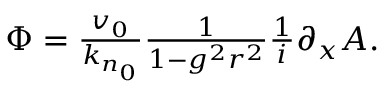
\begin{array} { r } { \Phi = \frac { v _ { 0 } } { k _ { n _ { 0 } } } \frac { 1 } { 1 - g ^ { 2 } r ^ { 2 } } \frac { 1 } { i } \partial _ { x } A . } \end{array}